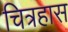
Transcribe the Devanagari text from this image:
चित्रहास